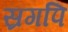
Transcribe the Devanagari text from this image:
स्रगपि